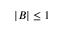
| B | \leq 1